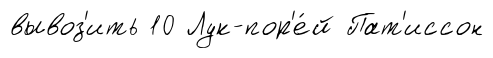
вывоз'ить 10 Лук-пор'е́й Пат'иссон